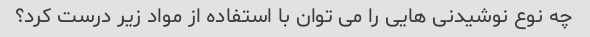
چه نوع نوشیدنی هایی را می توان با استفاده از مواد زیر درست کرد؟